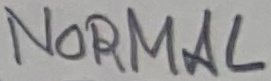
Text: NORMAL